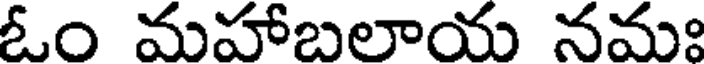
ఓం మహాబలాయ నమః